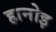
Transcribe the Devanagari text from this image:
हानोइ